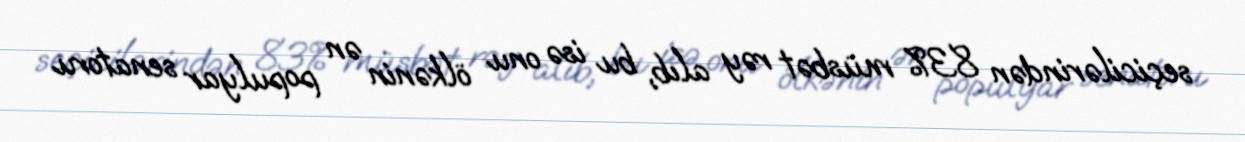
seçicilərindən 83% müsbət rəy alıb, bu isə onu ölkənin ən populyar senatoru